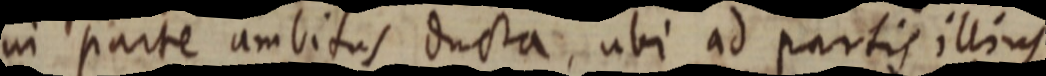
in parte ambitus ducta, ubi ad partis illius